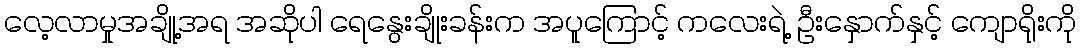
လေ့လာမှုအချို့အရ အဆိုပါ ရေနွေးချိုးခန်းက အပူကြောင့် ကလေးရဲ့ ဦးနှောက်နှင့် ကျောရိုးကို